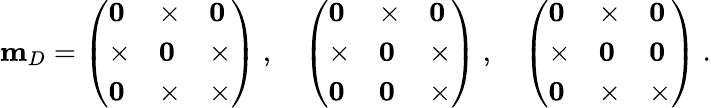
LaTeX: {\mathbf m_{D}}=\left(\begin{array}{lll}{{{\mathbf 0}}}&{{\times}}&{{{\mathbf 0}}}\\ {{\times}}&{{{\mathbf 0}}}&{{\times}}\\ {{{\mathbf 0}}}&{{\times}}&{{\times}}\end{array}\right)\ ,\quad\left(\begin{array}{lll}{{{\mathbf 0}}}&{{\times}}&{{{\mathbf 0}}}\\ {{\times}}&{{{\mathbf 0}}}&{{\times}}\\ {{{\mathbf 0}}}&{{{\mathbf 0}}}&{{\times}}\end{array}\right)\ ,\quad\left(\begin{array}{lll}{{{\mathbf 0}}}&{{\times}}&{{{\mathbf 0}}}\\ {{\times}}&{{{\mathbf 0}}}&{{{\mathbf 0}}}\\ {{{\mathbf 0}}}&{{\times}}&{{\times}}\end{array}\right)\ .